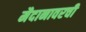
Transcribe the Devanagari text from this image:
मैदानावरची